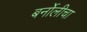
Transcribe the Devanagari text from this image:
बर्नोलीचा